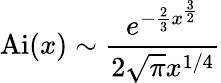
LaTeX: \operatorname{Ai}(x)\sim{\frac{e^{-{\frac{2}{3}}x^{\frac{3}{2}}}}{2{\sqrt{\pi}}x^{1/4}}}